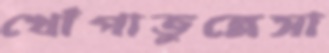
খোঁপাতুন্নেসা